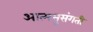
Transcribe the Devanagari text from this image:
आत्मसुसंगती